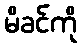
မိခင်ကို